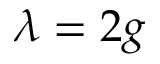
\lambda = 2 g